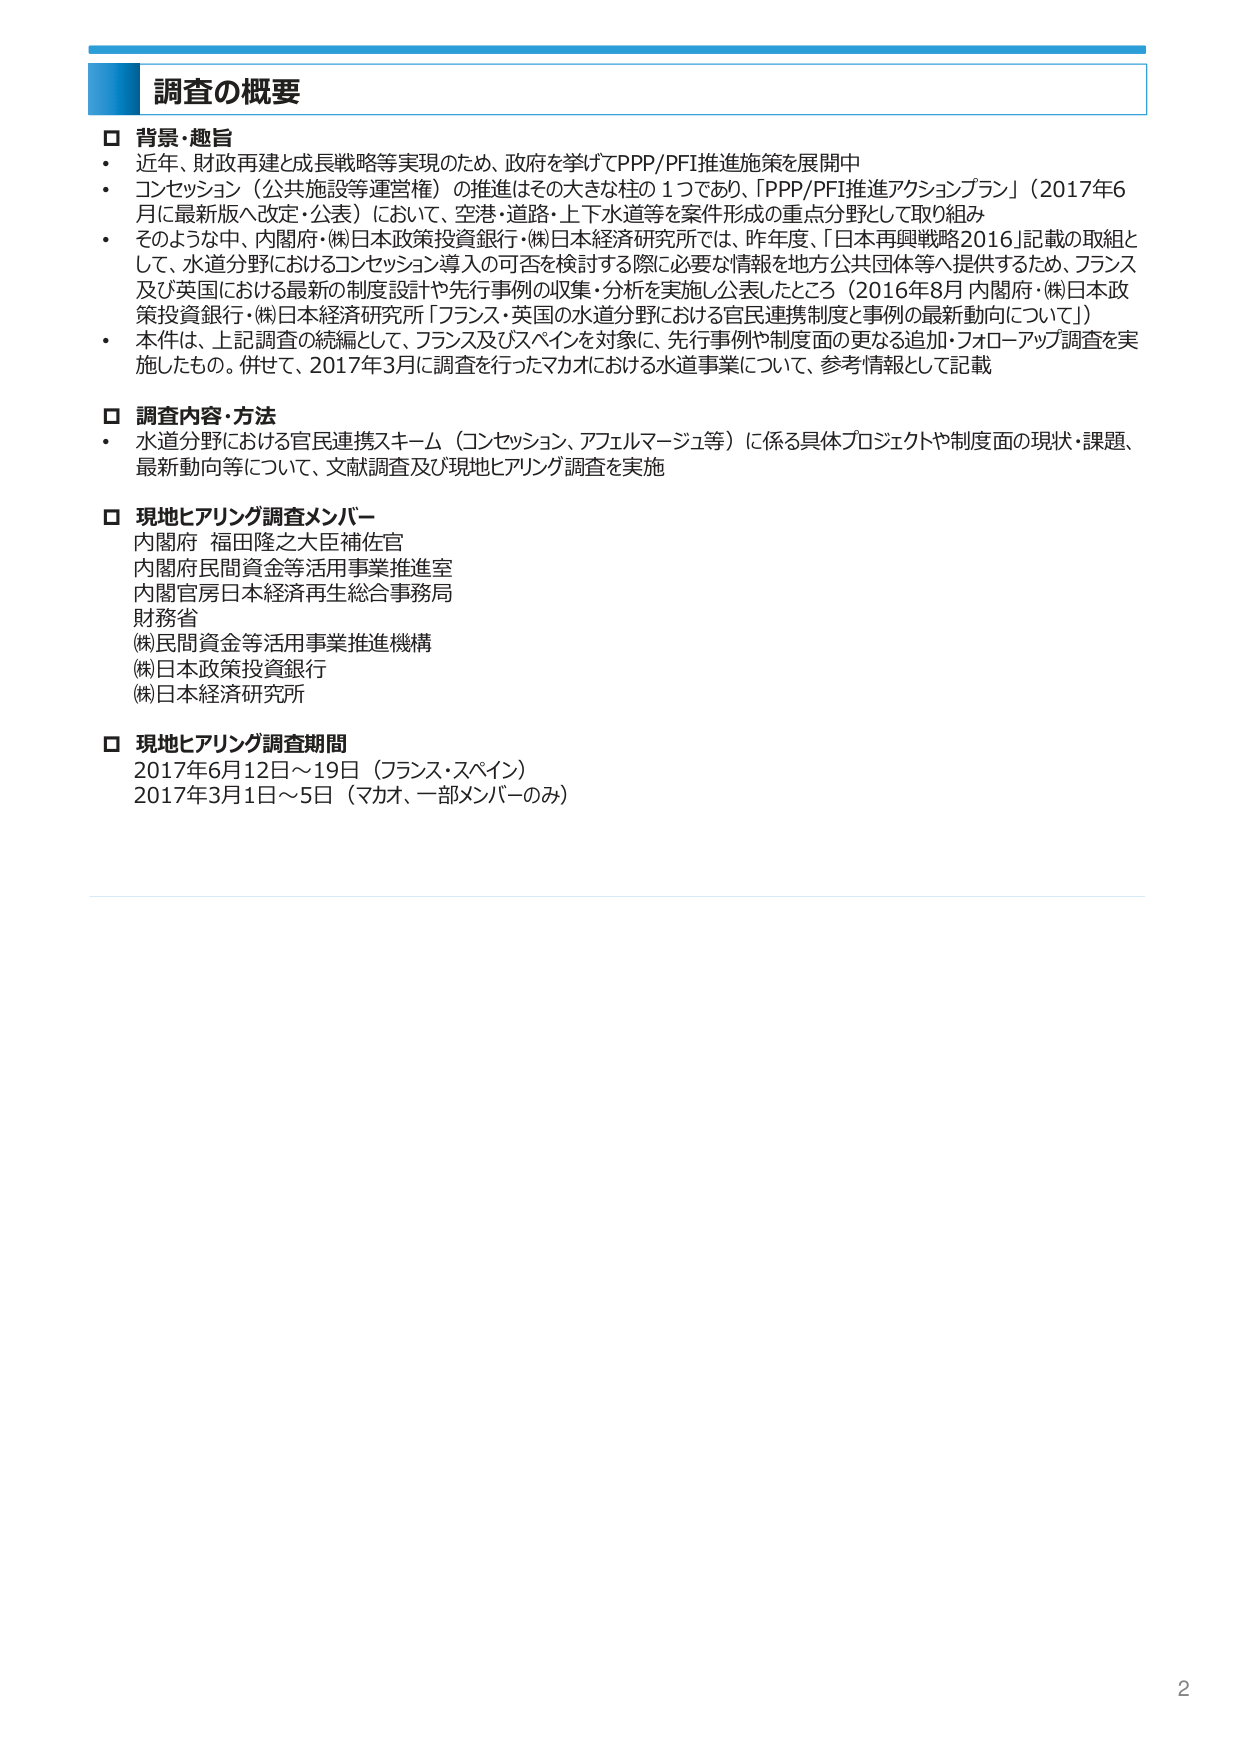
調査の概要

□ 背景・趣旨
・ 近年、財政再建と成長戦略等実現のため、政府を挙げてPPP/PFI推進施策を展開中
・ コンセッション（公共施設等運営権）の推進はその大きな柱の１つであり、「PPP/PFI推進アクションプラン」（2017年6月に最新版へ改定・公表）において、空港・道路・上下水道等を案件形成の重点分野として取り組み
・ そのような中、内閣府・(株)日本政策投資銀行・(株)日本経済研究所では、昨年度、「日本再興戦略2016」記載の取組として、水道分野におけるコンセッション導入の可否を検討する際に必要な情報を地方公共団体等へ提供するため、フランス及び英国における最新の制度設計や先行事例の収集・分析を実施し公表したところ（2016年8月 内閣府・(株)日本政策投資銀行・(株)日本経済研究所「フランス・英国の水道分野における官民連携制度と事例の最新動向について」）
・ 本件は、上記調査の続編として、フランス及びスペインを対象に、先行事例や制度面の更なる追加・フォローアップ調査を実施したもの。併せて、2017年3月に調査を行ったマカオにおける水道事業について、参考情報として記載

□ 調査内容・方法
・ 水道分野における官民連携スキーム（コンセッション、アフェルマージュ等）に係る具体プロジェクトや制度面の現状・課題、最新動向等について、文献調査及び現地ヒアリング調査を実施

□ 現地ヒアリング調査メンバー
内閣府 福田隆之大臣補佐官
内閣府民間資金等活用事業推進室
内閣官房日本経済再生総合事務局
財務省
(株)民間資金等活用事業推進機構
(株)日本政策投資銀行
(株)日本経済研究所

□ 現地ヒアリング調査期間
2017年6月12日～19日（フランス・スペイン）
2017年3月1日～5日（マカオ、一部メンバーのみ）

2